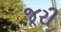
જૂરી